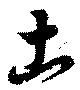
古